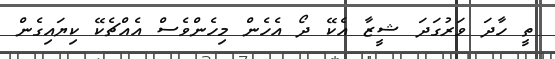
ތީ ހާދަ ވަރުގަދަ ޝީޒާ އެކޭ ދޯ އެހެން މިހެންވެސް އެއްޗެކޭ ކިޔައިގެން